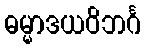
ဓမ္မာဒယဝိဘင်္ဂ